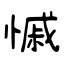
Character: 慽